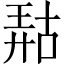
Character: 𫪹